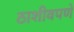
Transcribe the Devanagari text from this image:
ठाशीवपणे